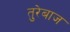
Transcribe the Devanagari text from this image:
तुरेबाज